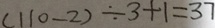
( 1 1 0 - 2 ) \div 3 + 1 = 3 7